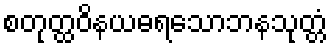
စတုတ္ထဝိနယဓရသောဘနသုတ္တံ